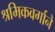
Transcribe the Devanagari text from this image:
श्रमिकवर्गाने